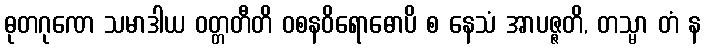
ဓုတဂုဏေ သမာဒါယ ဝတ္တတီတိ ဝစနဝိရောဓောပိ စ နေသံ အာပဇ္ဇတိ, တသ္မာ တံ န